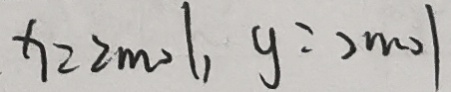
x = 2 m o l , y = 2 m o l